Destruction of fleas by exposure to the sun - Number 40
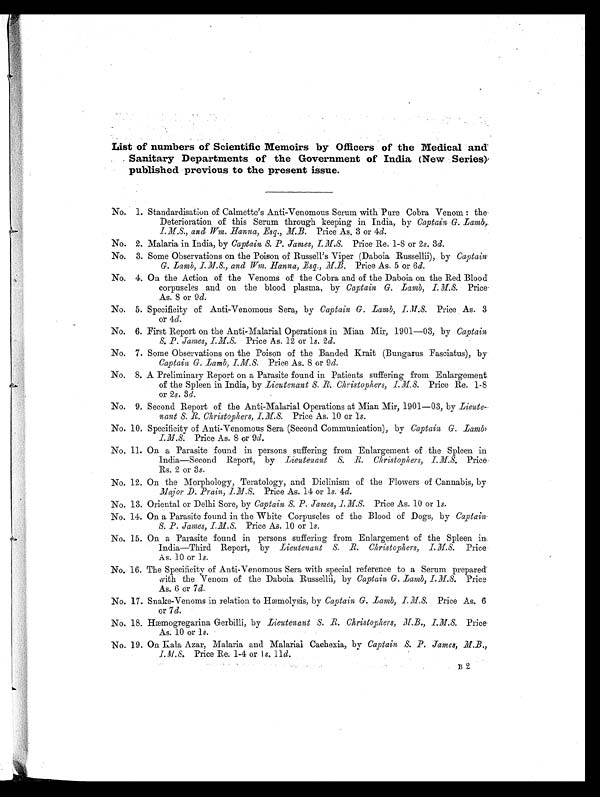
List of numbers of Scientific Memoirs by Officers of the Medical and
Sanitary Departments of the Government of India (New Series)
published previous to the present issue.
No. 1. Standardisation of Calmette's Anti-Venomous Serum with Pure Cobra Venom : the
Deterioration of this Serum through keeping in India, by Captain G. Lamb,
I.M.S., and Wm. Hanna, Esq., M.B. Price As. 3 or 4d.
No. 2. Malaria in India, by Captain S. P. James,I.M.S. Price Re. 1-8 or 2s. 3d.
No. 3. Some Observations on the Poison of Russell's Viper (Daboia Russellii), by Captain
G. Lamb, I.M.S., and Wm. Hanna, Esq., M.B. Price As. 5 or 6d.
No. 4. On the Action of the Venoms of the Cobra and of the Daboia on the Red Blood
corpuscles and on the blood plasma, by Captain G. Lamb, I.M.S. Price
As. 8 or 9d.
No. 5. Specificity of Anti-Venomous Sera, by Captain G. Lamb, I.M.S. Price As. 3
or 4d.
No. 6. First Report on the Anti-Malarial Operations in Mian Mir, 1901-03, by Captain,
S. P. James, I.M.S. Price As. 12 or 1s. 2 d.
No. 7. Some Observations on the Poison of the Banded Krait (Bungarus Fasciatus), by
Captain, G. Lamb, I.M.S. Price As. 8 or 9 d.
No. 8. A Preliminary Report on a Parasite found in Patients suffering from Enlargement
of the Spleen in India, by Lieutenant S. R. Christophers, I.M.S. Price Rs. 1-8
or 2s. 3 d.
No. 9. Second Report of the Anti-Malarial Operations at Mian Mir, 1901—03, by Lieute-
nant S.R. Christophers, I.M.S. Price As. 10 or 1 s.
No. 10. Specificity of Anti-Venomous Sera (Second Communication), by Captain G. Lamb
I.M.S. Price As. 8 or 9d.
No. 11. On a Parasite found in persons suffering from Enlargement of the Spleen in
India—Second Report, by Lieutenant S. R. Christophers, I.M.S. Price
Rs. 2 or 3s.
No. 12. On the Morphology, Teratology, and Diclinism of the Flowers of Cannabis, by
Major D. Prain, I.M.S. Price As. 14 or 1s. 4d.
No. 13. Oriental or Delhi Sore, by Captain S. P. James, I.M.S. Price As. 10 or 1s.
No. 14. On a Parasite found in the White Corpuscles of the Blood of Dogs, by Captain
S. P. James, I.M.S.
Price As. 10 or 1s.
No. 15. On a Parasite found in persons suffering from Enlargement of the Spleen in
India—Third Report, by Lieutenant S. R. Christophers, I.M.S. Price
As. 10 or 1s.
No. 16. The Specificity of Anti-Venomous Sera with special reference to a Serum prepared
with the Venom of the Daboia Russellii, by Captain G. Lamb, 1.M.S. Price
As. 6 or 7 d.
No. 17. Snake-Venoms in relation to Hæmolysis, by Captain G. Lamb, I.M.S. Price As. 6
or 7d.
No. 18. Hæmogregarina Gerbilli, by Lieutenant S. R. Christophers, M.B., I.M.S. Price
As. 10 or 1s.
No. 19. On Kala Azar, Malaria and Malarial Cachexia, by Captain, S. P. James, M.B.,
I.M.S. Price Re. 1-4 or 1 s. 11d .
B 2